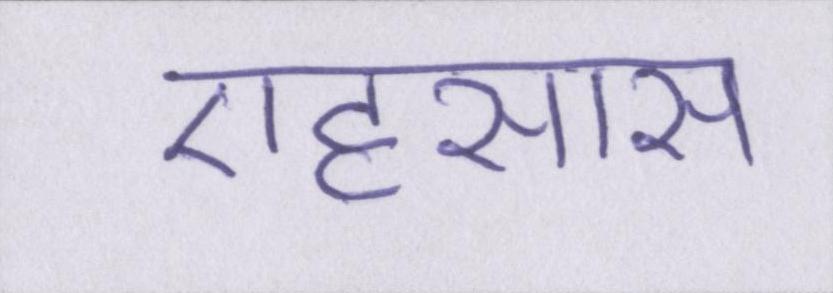
एहसास